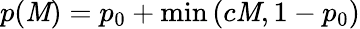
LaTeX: p(\mathit{M})=p_{0}+\textrm{{min}}\left(c\mathit{M},1-p_{0}\right)